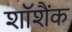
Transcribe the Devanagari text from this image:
शॉशैंक